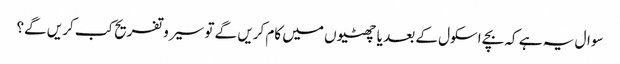
سوال یہ ہے کہ بچے اسکول کے بعد یا چھٹیوں میں کام کریں گے تو سیرو تفریح کب کریں گے؟